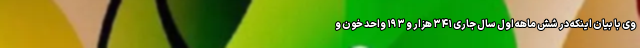
وی با بیان اینکه در شش ماهه اول سال جاری ۳۴۱ هزار و ۱۹۳ واحد خون و